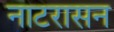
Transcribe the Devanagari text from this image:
नाटरासन